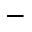
-